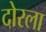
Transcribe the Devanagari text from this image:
दोरला